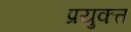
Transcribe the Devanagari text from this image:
प्रयुक्त्त